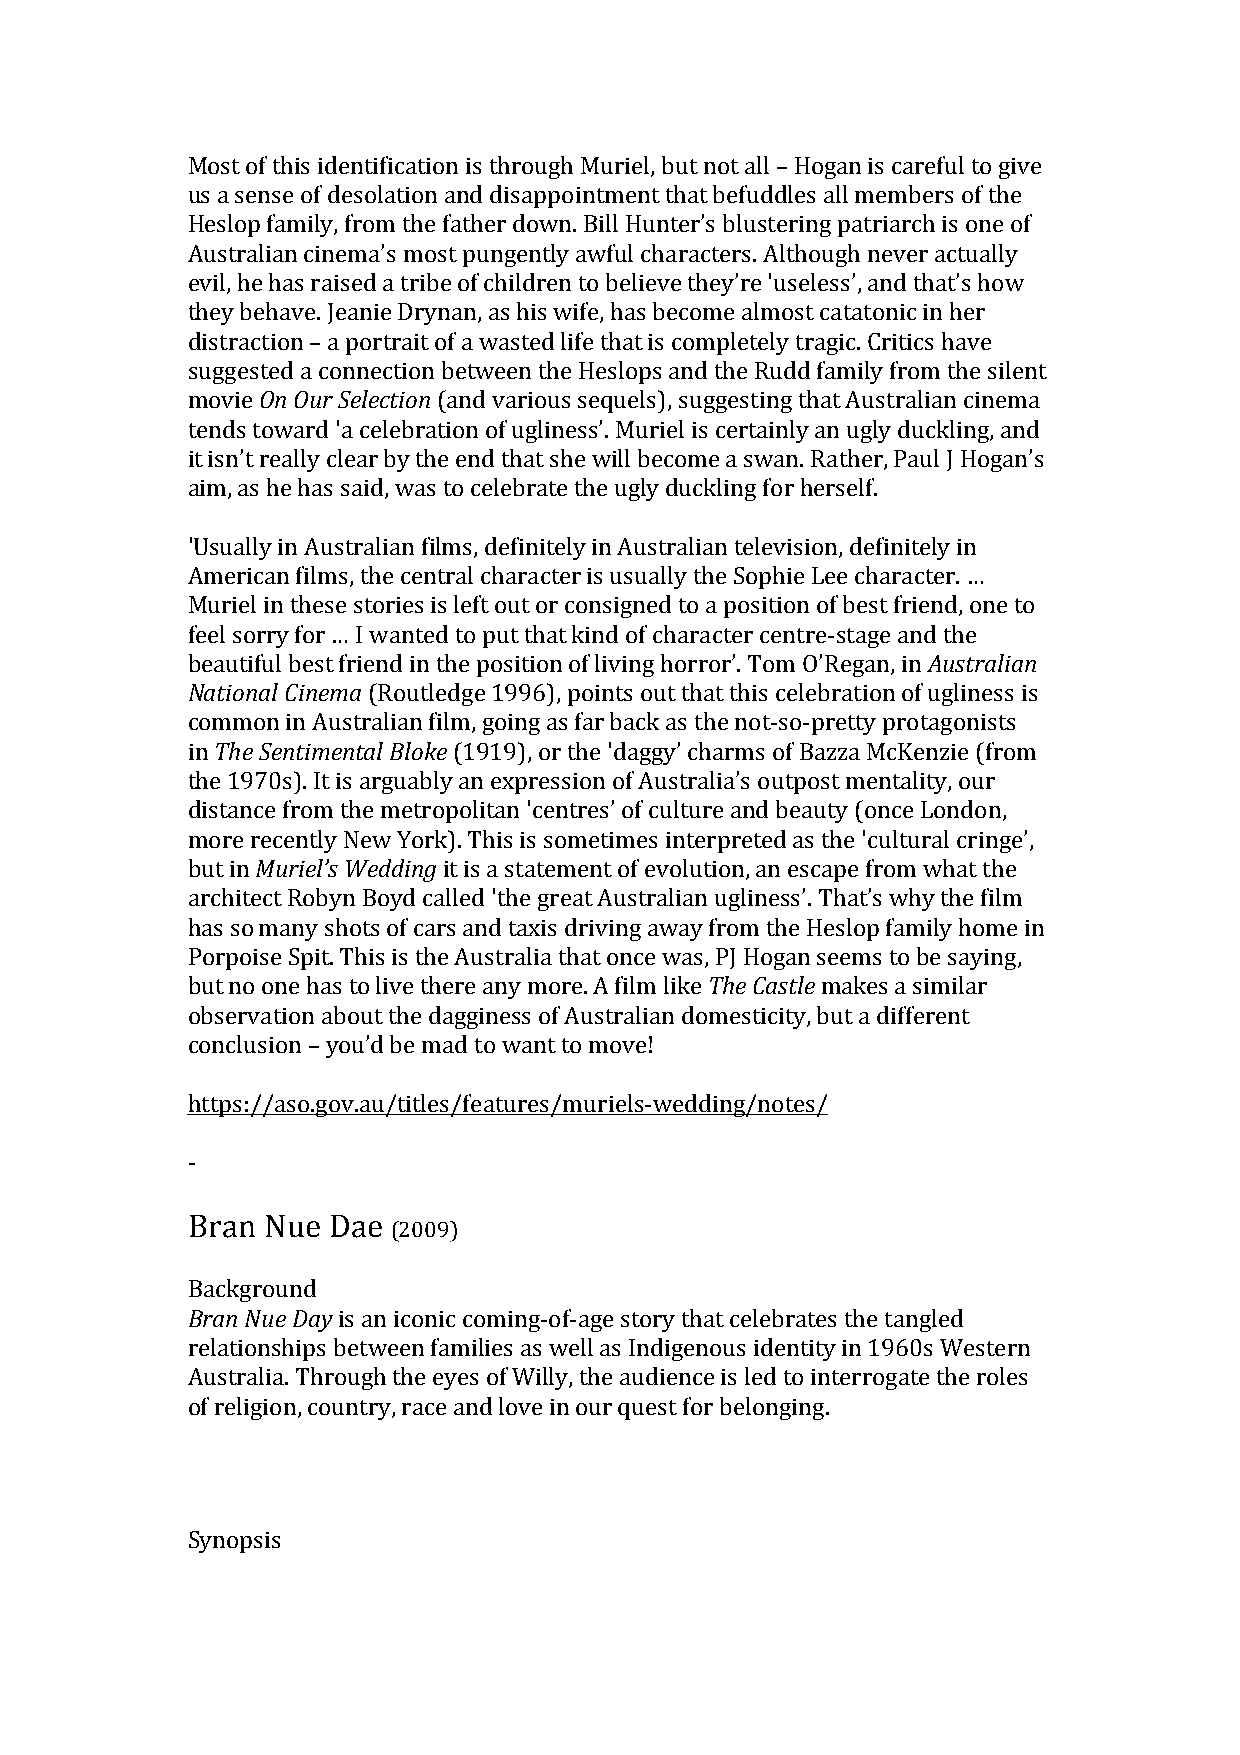
Most of this identification is through Muriel, but not all – Hogan is careful to give
 us a sense of desolation and disappointment that befuddles all members of the
 Heslop family, from the father down. Bill Hunter’s blustering patriarch is one of
 Australian cinema’s most pungently awful characters. Although never actually
 evil, he has raised a tribe of children to believe they’re 'useless’, and that’s how
 they behave. Jeanie Drynan, as his wife, has become almost catatonic in her
 distraction – a portrait of a wasted life that is completely tragic. Critics have
 suggested a connection between the Heslops and the Rudd family from the silent
 movie On Our Selection (and various sequels), suggesting that Australian cinema
 tends toward 'a celebration of ugliness’. Muriel is certainly an ugly duckling, and
 it isn’t really clear by the end that she will become a swan. Rather, Paul J Hogan’s
 aim, as he has said, was to celebrate the ugly duckling for herself.
 'Usually in Australian films, definitely in Australian television, definitely in
 American films, the central character is usually the Sophie Lee character. …
 Muriel in these stories is left out or consigned to a position of best friend, one to
 feel sorry for … I wanted to put that kind of character centre-stage and the
 beautiful best friend in the position of living horror’. Tom O’Regan, in Australian
 National Cinema (Routledge 1996), points out that this celebration of ugliness is
 common in Australian film, going as far back as the not-so-pretty protagonists
 in The Sentimental Bloke (1919), or the 'daggy’ charms of Bazza McKenzie (from
 the 1970s). It is arguably an expression of Australia’s outpost mentality, our
 distance from the metropolitan 'centres’ of culture and beauty (once London,
 more recently New York). This is sometimes interpreted as the 'cultural cringe’,
 but in Muriel’s Wedding it is a statement of evolution, an escape from what the
 architect Robyn Boyd called 'the great Australian ugliness’. That’s why the film
 has so many shots of cars and taxis driving away from the Heslop family home in
 Porpoise Spit. This is the Australia that once was, PJ Hogan seems to be saying,
 but no one has to live there any more. A film like The Castle makes a similar
 observation about the dagginess of Australian domesticity, but a different
 conclusion – you’d be mad to want to move!
 https://aso.gov.au/titles/features/muriels-wedding/notes/
 -
 Bran Nue  Dae
 (2009)
 Background
 Bran Nue Day is an iconic coming-of-age story that celebrates the tangled
 relationships between families as well as Indigenous identity in 1960s Western
 Australia. Through the eyes of Willy, the audience is led to interrogate the roles
 of religion, country, race and love in our quest for belonging.
 Synopsis